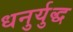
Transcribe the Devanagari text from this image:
धनुर्युद्ध